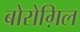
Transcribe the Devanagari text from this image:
बोरोग़िल